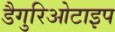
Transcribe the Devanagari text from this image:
डैगुरिओटाइप